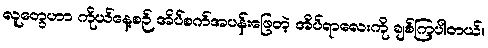
လူတွေဟာ ကိုယ်နေ့စဉ် အိပ်စက်အပန်းဖြေတဲ့ အိပ်ရာလေးကို ချစ်ကြပါတယ်။